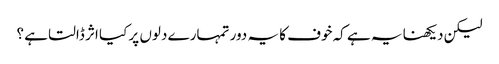
لیکن دیکھنا یہ ہے کہ خوف کا یہ دور تمہارے دلوں پر کیا اثر ڈالتا ہے ؟